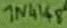
Text: 1N4148